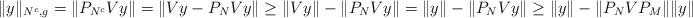
LaTeX: \begin{align*}\|y\|_{N^c, g}=\|P_{N^c}Vy\|=\|Vy-P_NVy\|\geq \|Vy\|-\|P_NVy\|=\|y\|-\|P_NVy\| \geq \|y\|-\|P_NVP_M\|\|y\|.\end{align*}